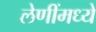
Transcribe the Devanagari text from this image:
लेणींमध्ये